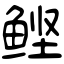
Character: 鲣